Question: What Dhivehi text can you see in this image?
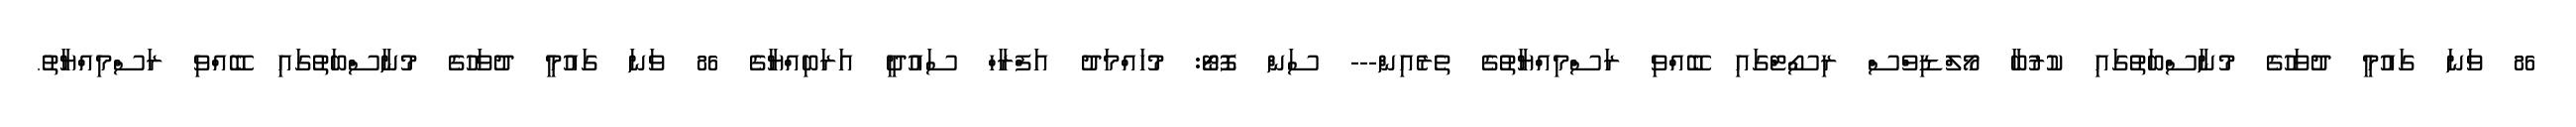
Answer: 86 ވަނަ ގައުމީ ދުވަހުގެ މުނާސްބަތުގައި ކުރުބާ މޯލްޑިވްސް ރިސޯޓްގައި ބޭއްވި ރަސްމިއްޔާތުގެ ތެރެއިން--- ސަން ފޮޓޯ: މުހައްމަދު އަފްރާހް ސައުދީ އަރަބިއްޔާގެ 86 ވަނަ ގައުމީ ދުވަހުގެ މުނާސްބަތުގައި ބޭއްވި ރަސްމިއްޔާތު.